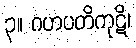
၃။ ဂဟပတိကုဋိ၊